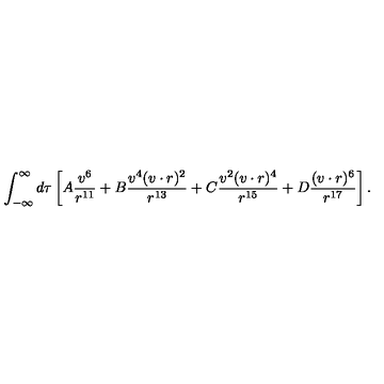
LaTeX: \int _ { - \infty } ^ { \infty } d \tau \left[ A \frac { v ^ { 6 } } { r ^ { 1 1 } } + B \frac { v ^ { 4 } ( v \cdot r ) ^ { 2 } } { r ^ { 1 3 } } + C \frac { v ^ { 2 } ( v \cdot r ) ^ { 4 } } { r ^ { 1 5 } } + D \frac { ( v \cdot r ) ^ { 6 } } { r ^ { 1 7 } } \right] .